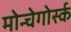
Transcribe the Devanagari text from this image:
मोन्चेगोर्स्क